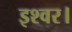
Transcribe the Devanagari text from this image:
इश्वर।